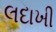
લદાખી